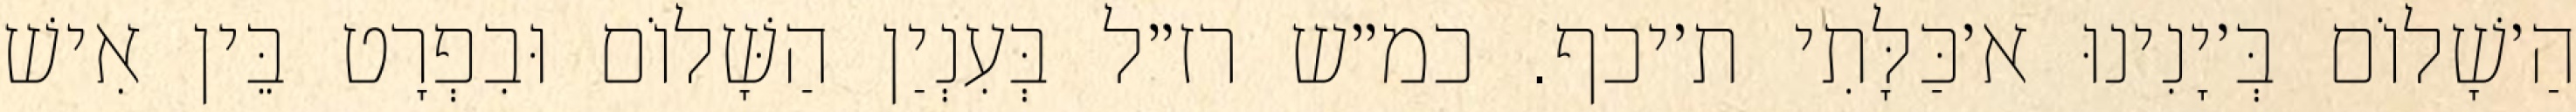
הַ׳שָׁלוֹם בְּ׳יָנִינוּ א׳כַּלָּתִי ת׳יכף. כמ״ש רז״ל בְּעִנְיַן הַשָּׁלוֹם וּבִפְרָט בֵּין אִישׁ